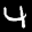
Label: 4